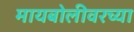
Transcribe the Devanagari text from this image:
मायबोलीवरच्या